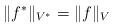
LaTeX: \begin{align*}\Vert f^*\Vert_{V^*} = \Vert f\Vert_V\end{align*}